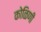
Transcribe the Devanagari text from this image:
कोळिणी